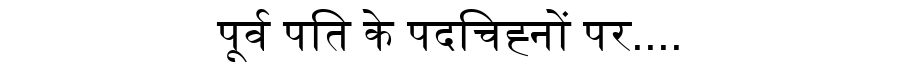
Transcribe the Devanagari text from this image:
पूर्व पति के पदचिह्नों पर....